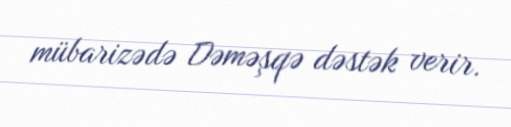
mübarizədə Dəməşqə dəstək verir.